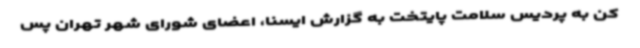
کن به پردیس سلامت پایتخت به گزارش ایسنا، اعضای شورای شهر تهران پس